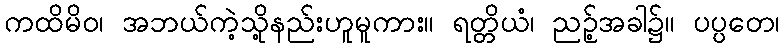
ကထိမိဝ၊ အဘယ်ကဲ့သို့နည်းဟူမူကား။ ရတ္တိယံ၊ ညဉ့်အခါ၌။ ပပ္ပတေ၊